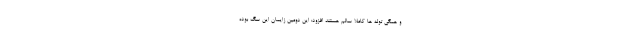
و همگی توله ها کاملا سالم هستند افزود: این دومین زایمان این سگ بوده